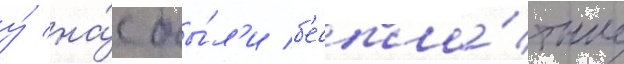
у́ на́с бы́л'и б'еспла́тные